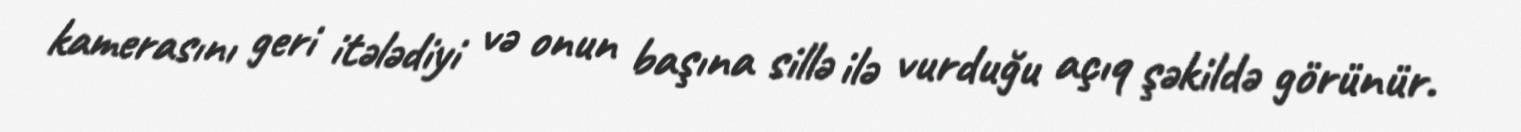
kamerasını geri itələdiyi və onun başına sillə ilə vurduğu açıq şəkildə görünür.